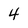
Character: 4